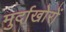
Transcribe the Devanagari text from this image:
मुर्दाखोरों